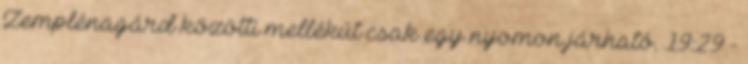
Zemplénagárd közötti mellékút csak egy nyomon járható. 19:29 -